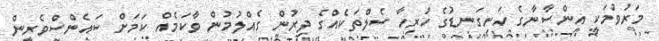
މަރުވުމަކީ އިންސާނާގެ ހަށިގަނޑުގެ ހުރިހާ ސެލްތަކެއްގެ ދިރުން ގެއްލުމުން ވާކަމެއް ކަމަށް ސައެންސްވެރިން